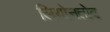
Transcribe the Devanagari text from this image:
लियोनतोव